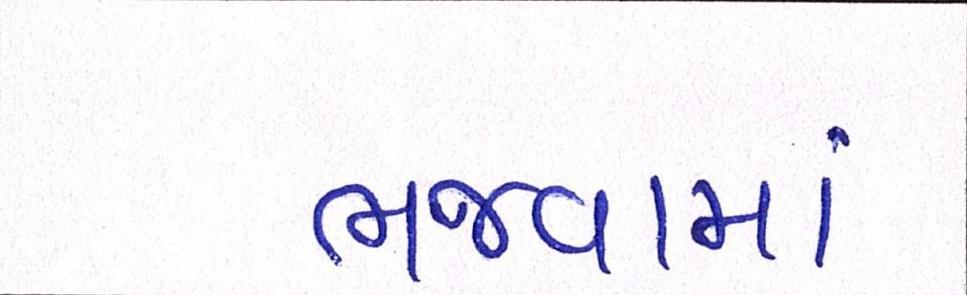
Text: ભજવામાં